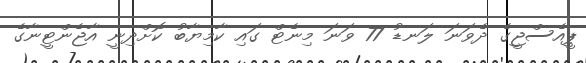
ޕީއެސްޖީގެ ދެވަނަ ލަނޑު 77 ވަނަ މިނެޓް ގައި ކާމިޔާބު ކޮށްދިނީ އާޖެންޓީނާގެ